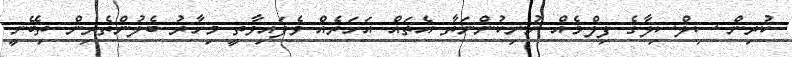
ކުރިން ސިލްސިލާގެ ފިލްމެއް ނުނިކުންނަތާ އެތައް އަހަރެއް ވެފައިވާތީ މިހާރު ބެލުންތެރިން ތިބޭނީ